Rangoon Lunatic Asylum 1898-1906 - 1898-1906
Year: 1898
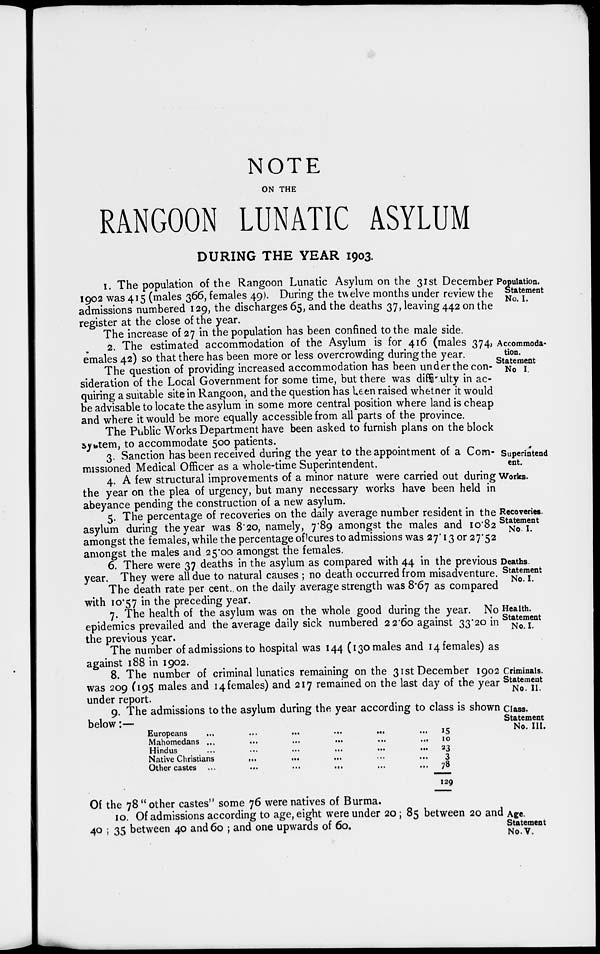
NOTE
ON THE
RANGOON LUNATIC ASYLUM
DURING THE YEAR 1903.
Population.
Statement
No. I.
1. The population of the Rangoon Lunatic Asylum on the 31st December
1902 was 415 (males 366, females 49). During the twelve months under review the
admissions numbered 129, the discharges 65, and the deaths 37, leaving 442 on the
register at the close of the year.
Accommoda-
tion.
The increase of 27 in the population has been confined to the male side.
2. The estimated accommodation of the Asylum is for 416 (males 374,
emales 42) so that there has been more or less overcrowding during the year.
Statement
No I.
The question of providing increased accommodation has been under the con-
sideration of the Local Government for some time, but there was difficulty in ac-
quiring a suitable site in Rangoon, and the question has been raised whether it would
be advisable to locate the asylum in some more central position where land is cheap
and where it would be more equally accessible from all parts of the province.
The Public Works Department have been asked to furnish plans on the block
system, to accommodate 500 patients.
Superintend
ent.
3. Sanction has been received during the year to the appointment of a Com-
missioned Medical Officer as a whole-time Superintendent.
Works.
4. A few structural improvements of a minor nature were carried out during
the year on the plea of urgency, but many necessary works have been held in
abeyance pending the construction of a new asylum.
Recoveries.
Statement
No. I.
5. The percentage of recoveries on the daily average number resident in the
asylum during the year was 8.20, namely, 7.89 amongst the males and 10.82
amongst the females, while the percentage of cures to admissions was 27.13 or 27.52
amongst the males and 25.00 amongst the females.
Deaths
Statement
No. I.
6. There were 37 deaths in the asylum as compared with 44 in the previous
year. They were all due to natural causes ; no death occurred from misadventure.
The death rate per cent. on the daily average strength was 8.67 as compared
with 10.57 in the preceding year.
Health.
Statement
No. I.
7. The health of the asylum was on the whole good during the year. No
epidemics prevailed and the average daily sick numbered 22.60 against 33.20 in
the previous year.
The number of admissions to hospital was 144 (130 males and 14 females) as
against 188 in 1902.
Criminals.
Statement
No. II.
8. The number of criminal lunatics remaining on the 31st December 1902
was 209 (195 males and 14 females) and 217 remained on the last day of the year
under report.
Class.
Statement
No. III.
9. The admissions to the asylum during the year according to class is shown
below:—
Europeans
...
...
...
...
...
Mahomedans
...
...
...
...
...
Hindus ... ... ... ... ...
Native Christians ... ... ... ... ...
Other castes ... ... ... ... ...
15
10
23
3
78
129
Of the 78 " other castes" some 76 were natives of Burma.
Age.
Statement
No. V.
10. Of admissions according to age, eight were under 20; 85 between 20 and
40 ; 35 between 40 and 60 ; and one upwards of 60.